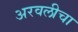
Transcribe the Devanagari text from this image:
अरवलीचा